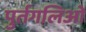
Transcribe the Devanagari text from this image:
पुर्तगलिओ